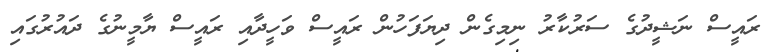
ރައީސް ނަޝީދުގެ ސަރުކާރު ނިމިގެން ދިޔަފަހުން ރައީސް ވަހީދާއި ރައީސް ޔާމީނުގެ ދައުރުގައި